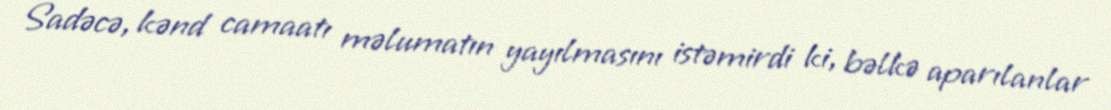
Sadəcə, kənd camaatı məlumatın yayılmasını istəmirdi ki, bəlkə aparılanlar